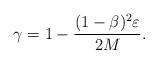
LaTeX: \begin{align*}\gamma = 1 - \frac{(1-\beta)^2\varepsilon}{2M}.\end{align*}